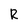
Character: R